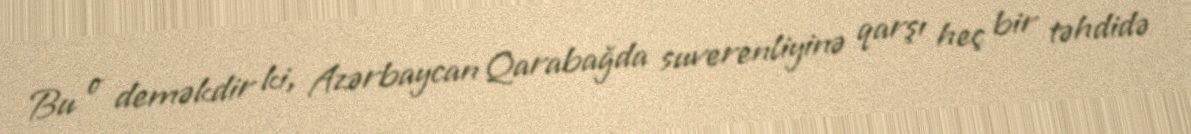
Bu o deməkdir ki, Azərbaycan Qarabağda suverenliyinə qarşı heç bir təhdidə